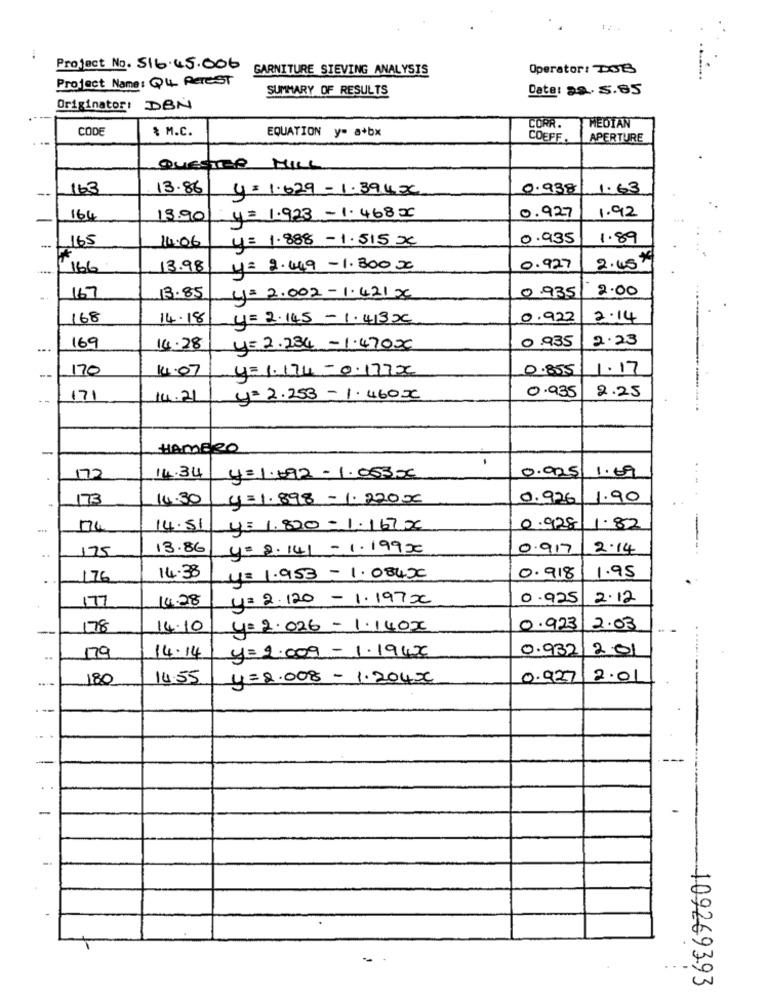
Project No. 516.45.006
GARNITURE SIEVING ANALYSIS
Operator: DOB
Project Name: Q4 ReTEST
SUMMARY OF RESULTS
Date: 20. 5.85
Originator: DBN
MEDIAN
CODE
* M.C.
EQUATION y= a+bx
CORR.
COEFF.
APERTURE
QUESTER MILL
--
163
13.86
y = 1.629 -1.394x
0.938
1.63
0.927
1.92
-
164
13.90
y = 1.923 -1.468 =
165
14:06
0.935
1.89
y = 1.888 - 1.515 xx
166
13.98
y= 2.449 -1.300 00
0.927
2.45 #
0 .935
2.00
167
13.85
y= 2.002 - 1.421 x
168
14.18
y = 2. 145 - 1 .413 x
0.922
2.14
0 .935
2.23
169
14.28
y= 2.234 - 1.470x
170
14.07
y=1.174- 0.177x
0.855
1.17
--
0.935
2.25
--
171
14.21
y = 2.253 - 1.460x
HAMERO
0.925/
1.09
72
14.34
y=1.692 - 1.053 5
173
14.30
y=1.898 - 1.220=
0.926
1.90
.....
174
14.51
y= 1.820 - 1.167 x
0.928
1.82
..
175
13.86
y= 2.141 - 1.199 xx
0.917
2.14
--
1.95
.
176
14.38
y= 1.953 - 1.084x
0.918
177
14.28
y= 2. 120 - 1.197 x
0.925
2.12
78
14.10
y=2.026 - 1.140x
0.923
2.03
79
0.932
2.01
14.14
y=2.009 - 1.19436
180
14.55
y=2.008 - 1.204x
0.927
2.01
409269393